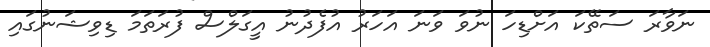
ނަވާރަ ސަތޭކަ އަށްޑިހަ ނުވަ ވަނަ އަހަރު އުފެދުނު އީގަލްސް ފުރަތަމަ ޑިވިޝަނުގައި